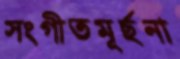
সংগীতমূর্ছনা